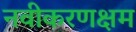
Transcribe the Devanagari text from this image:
नवीकरणक्षम